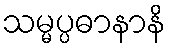
သမ္မပ္ပဓာနာနိ